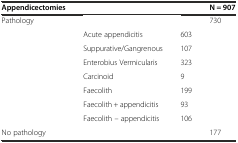
<table><thead><tr><td><b>Appendicectomies</b></td><td></td><td></td><td><b>N = 907</b></td></tr></thead><tbody><tr><td>Pathology</td><td></td><td></td><td>730</td></tr><tr><td></td><td>Acute appendicitis</td><td>603</td><td></td></tr><tr><td></td><td>Suppurative/Gangrenous</td><td>107</td><td></td></tr><tr><td></td><td>Enterobius Vermicularis</td><td>323</td><td></td></tr><tr><td></td><td>Carcinoid</td><td>9</td><td></td></tr><tr><td></td><td>Faecolith</td><td>199</td><td></td></tr><tr><td></td><td>Faecolith + appendicitis</td><td>93</td><td></td></tr><tr><td></td><td>Faecolith – appendicitis</td><td>106</td><td></td></tr><tr><td>No pathology</td><td></td><td></td><td>177</td></tr></tbody></table>